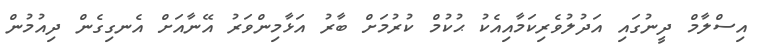
އިސްލާމް ދީނުގައި އަދުލުވެރިކަމާއިއެކު ޙުކުމް ކުރުމަށް ބާރު އަޅާމިންވަރު އޭނާއަށް އެނގިގެން ދިއުމުން